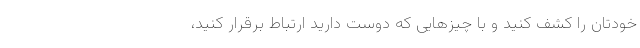
خودتان را کشف کنید و با چیزهایی که دوست دارید ارتباط برقرار کنید،